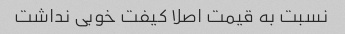
نسبت به قیمت اصلا کیفت خوبی نداشت